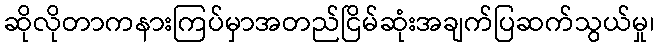
ဆိုလိုတာကနားကြပ်မှာအတည်ငြိမ်ဆုံးအချက်ပြဆက်သွယ်မှု၊